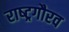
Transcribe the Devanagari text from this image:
राष्‍ट्रगौरव